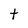
Character: t